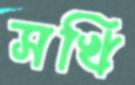
সখি